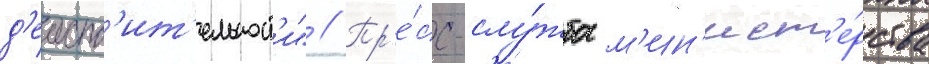
д'еиств'ит'ельност'и" // Пр'е́сс-слу́жба м'ин'ист'е́рства